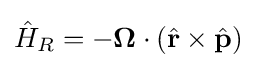
{\hat {H}}_{R}=-\mathbf {\Omega } \cdot \left({\hat {\mathbf {r} }}\times {\hat {\mathbf {p} }}\right)